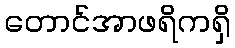
တောင်အာဖရိကရှိ